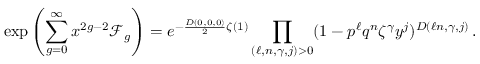
\exp \left( \sum _ { g = 0 } ^ { \infty } x ^ { 2 g - 2 } \mathcal { F } _ { g } \right) = e ^ { - \frac { D ( 0 , 0 , 0 ) } { 2 } \zeta ( 1 ) } \prod _ { ( \ell , n , \gamma , j ) > 0 } ( 1 - p ^ { \ell } q ^ { n } \zeta ^ { \gamma } y ^ { j } ) ^ { D ( \ell n , \gamma , j ) } \, .